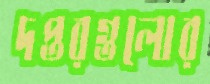
দপ্তরগুলোর